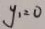
y _ { 1 } = 0